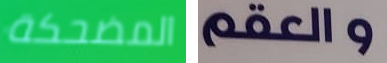
المضحكة والعقم